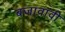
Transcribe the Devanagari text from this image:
बजावावी